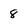
Character: 8